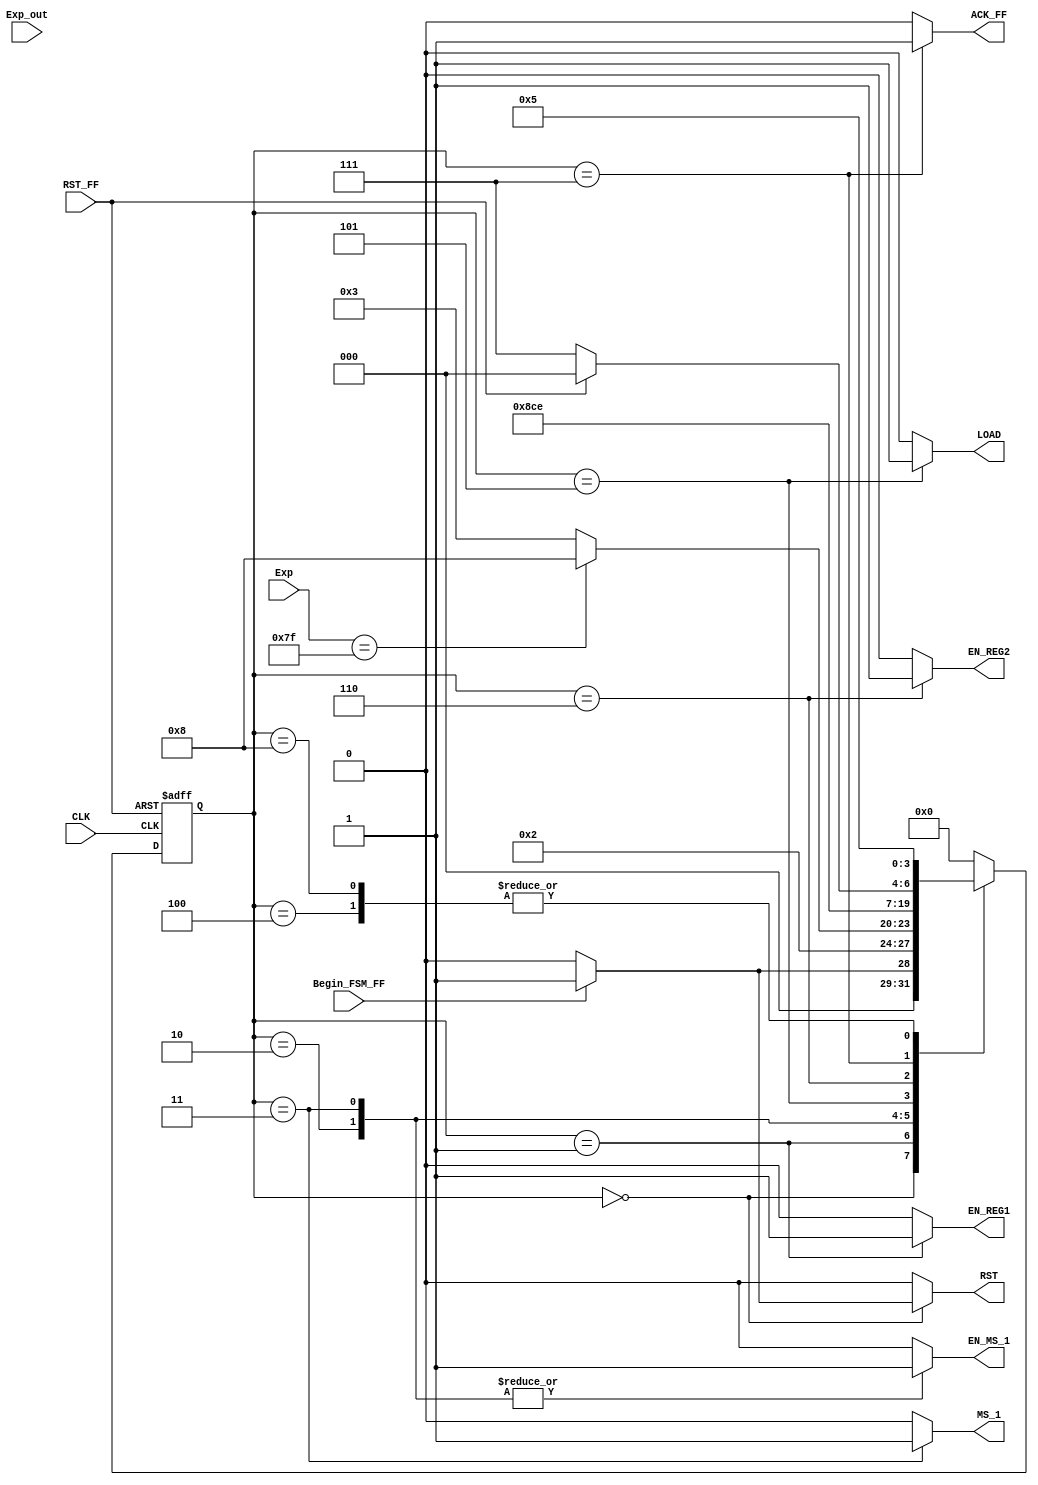
module FSM_Convert_Float_To_Fixed(
    input wire CLK, 
    input wire RST_FF, 
    input wire Exp_out, 
    input wire Begin_FSM_FF, 
    input wire [7:0] Exp, 
    output reg EN_REG1, 
    output reg LOAD, 
    output reg MS_1, 
    output reg ACK_FF, 
    output reg EN_MS_1,
    output reg EN_REG2,
    output reg RST
    );
parameter [3:0]  
     a = 4'b0000,
     b = 4'b0001,
     c = 4'b0010,
     d = 4'b0011,
     e = 4'b0100,
     f = 4'b0101,
     g = 4'b0110,
     h = 4'b0111,
     i = 4'b1000;
reg [3:0] state_reg, state_next ; 
always @(posedge CLK, posedge RST_FF)
	if (RST_FF) begin
		state_reg <= a;	
	end
	else begin
		state_reg <= state_next;
	end
    always @*
    begin
        state_next = state_reg;    
        EN_REG1 = 1'b0;
        EN_REG2 = 1'b0;
        ACK_FF = 1'b0;
        EN_MS_1=1'b0;
        MS_1=1'b0;
        LOAD = 1'b0;
        RST = 1'b0;
        case(state_reg)
            a: 
            begin  
                if(Begin_FSM_FF) 
                    begin
                    RST = 1'b1;
                    ACK_FF = 1'b0;    
                    state_next = b;
                    end
                else
                    state_next = a;       
            end
            b: 
            begin
                EN_REG1 = 1'b1;    
                state_next = c;
            end
            c:
            begin
                EN_MS_1 = 1'b1;
                if(Exp == 8'b01111111)
                    state_next = i;
                else
                state_next = d;
            end
            d:
            begin
                EN_MS_1 = 1'b1;
                MS_1 = 1'b1;
                state_next = e;
            end
            e:
            begin
                state_next = f;
            end 
            f:
            begin
                LOAD = 1'b1;
                state_next = g;
            end
            g:
            begin
                EN_REG2 = 1'b1;
                state_next = h;
            end
            h:
            begin
                ACK_FF = 1'b1;
                if(RST_FF)
                     state_next = a;
                else
                    state_next = h;
            end
            i:
            begin
                state_next = f;
            end
       default:
       state_next=a;
       endcase
    end
endmodule